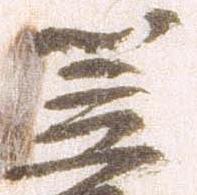
笠